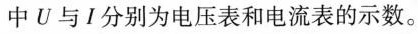
中U与I分别为电压表和电流表的示数。